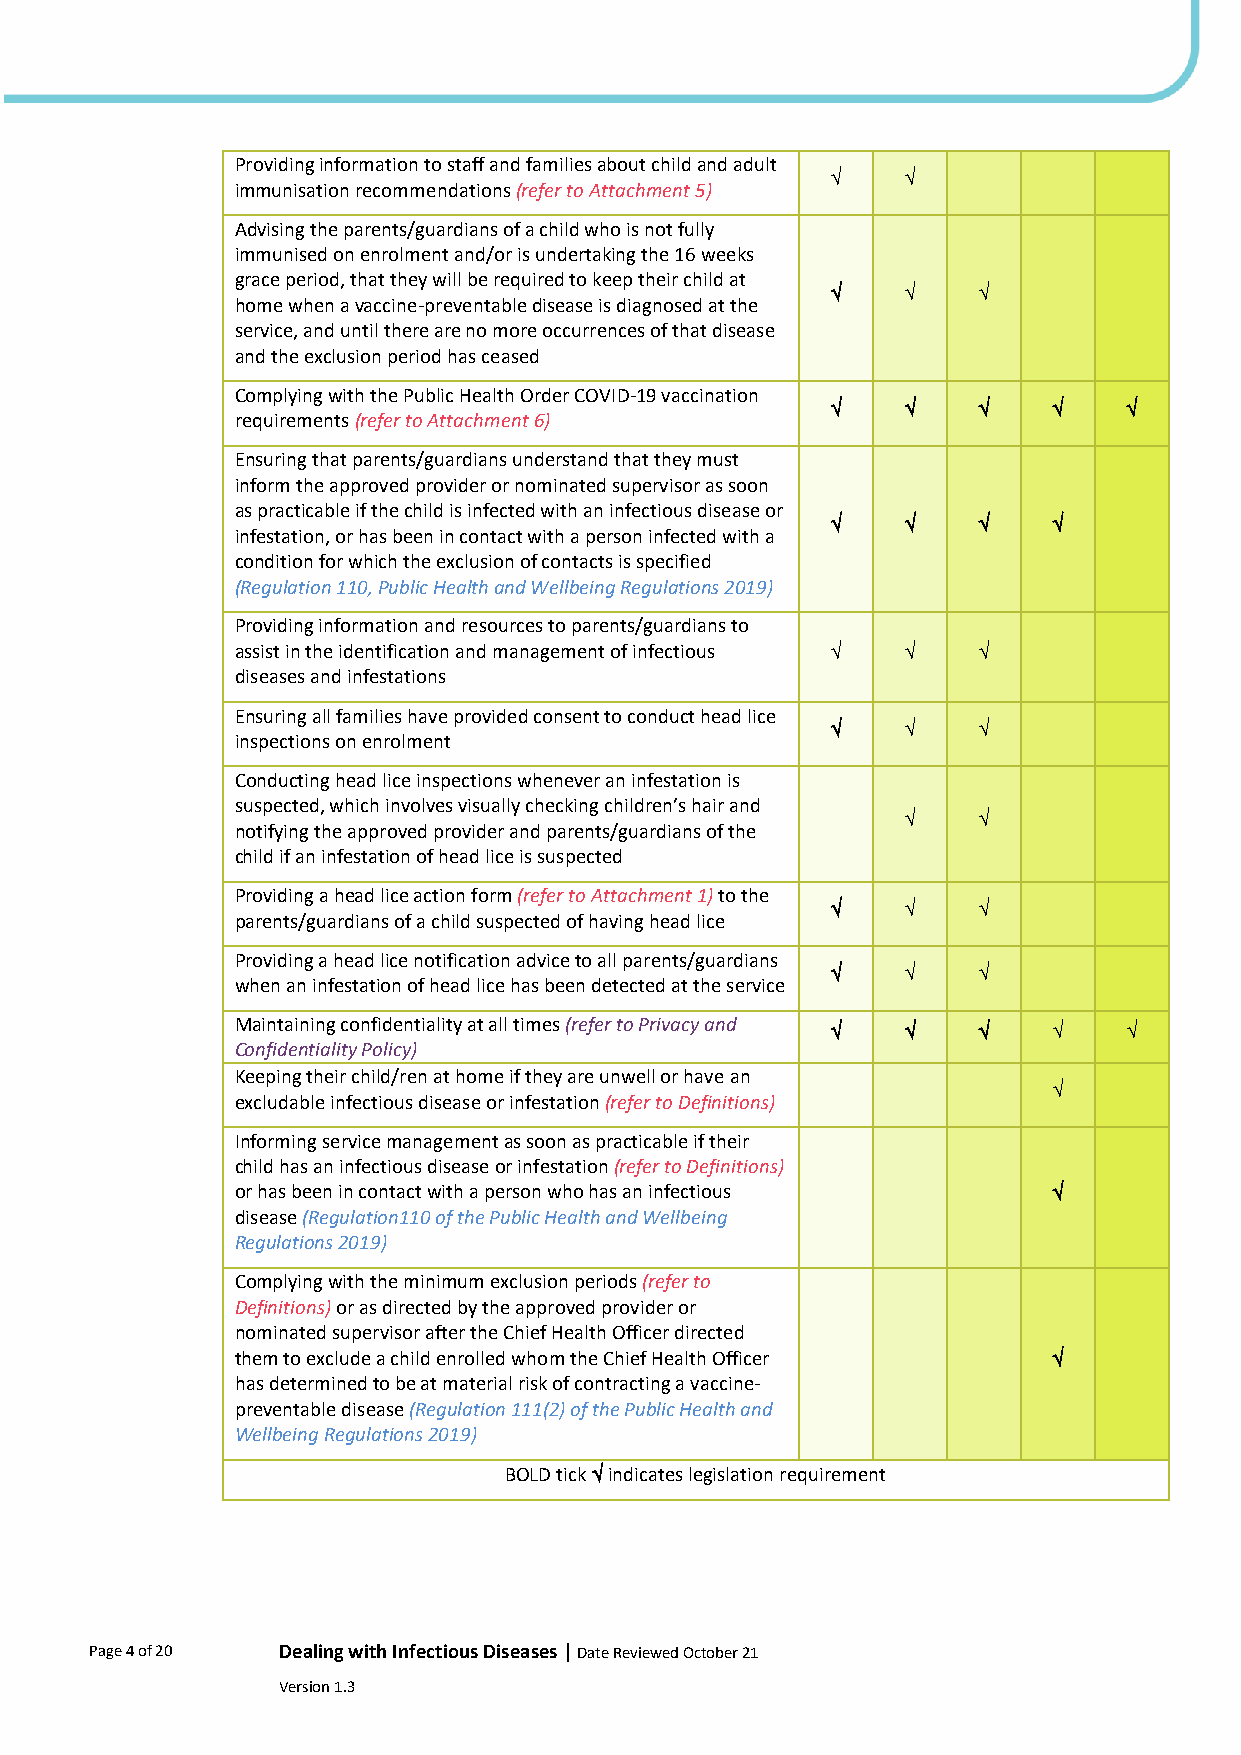
Providing information to staff and families about child and adult
     
 immunisation recommendations (refer to Attachment 5)
 Advising the parents/guardians of a child who is not fully
 immunised on enrolment and/or is undertaking the 16 weeks
 grace period, that they will be required to keep their child at
         
 home when a vaccine-preventable disease is diagnosed at the
 service, and until there are no more occurrences of that disease
 and the exclusion period has ceased
 Complying with the Public Health Order COVID-19 vaccination
                
 requirements (refer to Attachment 6)
 Ensuring that parents/guardians understand that they must
 inform the approved provider or nominated supervisor as soon
 as practicable if the child is infected with an infectious disease or
             
 infestation, or has been in contact with a person infected with a
 condition for which the exclusion of contacts is specified
 (Regulation 110, Public Health and Wellbeing Regulations 2019)
 Providing information and resources to parents/guardians to
 assist in the identification and management of infectious   
 diseases and infestations
 Ensuring all families have provided consent to conduct head lice
         
 inspections on enrolment
 Conducting head lice inspections whenever an infestation is
 suspected, which involves visually checking children’s hair and
     
 notifying the approved provider and parents/guardians of the
 child if an infestation of head lice is suspected
 Providing a head lice action form (refer to Attachment 1) to the
         
 parents/guardians of a child suspected of having head lice
 Providing a head lice notification advice to all parents/guardians
         
 when an infestation of head lice has been detected at the service
 Maintaining confidentiality at all times (refer to Privacy and
                
 Confidentiality Policy)
 Keeping their child/ren at home if they are unwell or have an
 
 excludable infectious disease or infestation (refer to Definitions)
 Informing service management as soon as practicable if their
 child has an infectious disease or infestation (refer to Definitions)
 or has been in contact with a person who has an infectious 
 disease (Regulation110 of the Public Health and Wellbeing
 Regulations 2019)
 Complying with the minimum exclusion periods (refer to
 Definitions) or as directed by the approved provider or
 nominated supervisor after the Chief Health Officer directed
 them to exclude a child enrolled whom the Chief Health Officer 
 has determined to be at material risk of contracting a vaccine-
 preventable disease (Regulation 111(2) of the Public Health and
 Wellbeing Regulations 2019)
 BOLD tick  indicates legislation requirement
 Page 4 of 20 Dealing with Infectious Diseases | Date Reviewed October 21
 Version 1.3